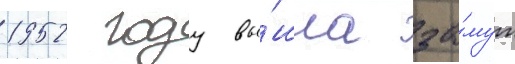
1952 году вы́шла за́муж